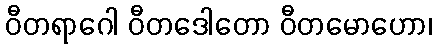
ဝီတရာဂေါ ဝီတဒေါတော ဝီတမောဟော၊